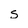
Character: s